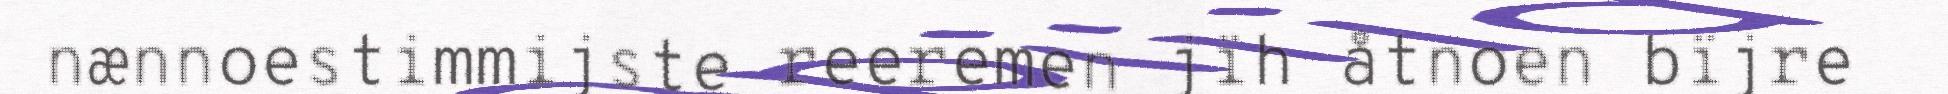
nænnoestimmijste reeremen jïh åtnoen bïjre